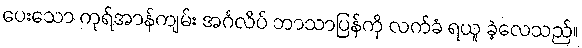
ပေးသော ကုရ်အာန်ကျမ်း အင်္ဂလိပ် ဘာသာပြန်ကို လက်ခံ ရယူ ခဲ့လေသည်။